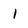
Character: 1